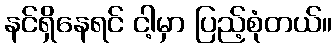
နင်ရှိနေရင် ငါ့မှာ ပြည့်စုံတယ်။